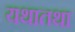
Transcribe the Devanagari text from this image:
यथातथा